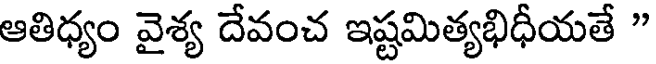
ఆతిధ్యం వైశ్య దేవంచ ఇష్టమిత్యభిధీయతే "